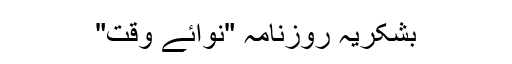
بشکریہ روزنامہ "نوائے وقت"